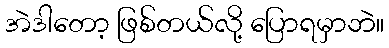
အဲဒါတော့ ဖြစ်တယ်လို့ ပြောရမှာဘဲ။